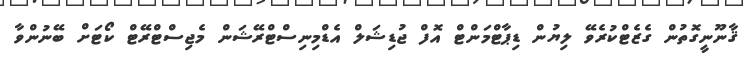
ޤާނޫނީގޮތުން ގެޒެޓްކުރެވޭ ލިޔުން ޑިޕާޓްމަންޓް އޮފް ޖުޑިޝަލް އެޑްމިނިސްޓްރޭޝަން މެޖިސްޓްރޭޓް ކޯޓަށް ބޭނުންވާ